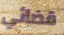
قضائي